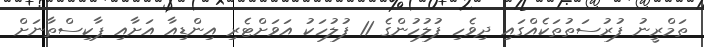
ތަމްރީނު ފުރުސަތުތަކެއްގައި ދިވެހި ފުލުހުންގެ 11 ފުލުހަކު އަވަށްޓެރި އިންޑިއާ އަށާއި ޕާކިސްތާނަށް